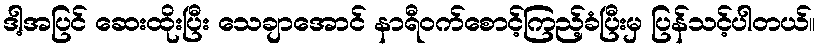
ဒါ့အပြင် ဆေးထိုးပြီး သေချာအောင် နာရီဝက်စောင့်ကြည့်ခံပြီးမှ ပြန်သင့်ပါတယ်။